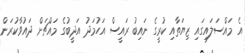
އެ މައްސަލައިގައި ޒިޔަތާއި ކުރީގެ ނައިބު ރައީސް އަހުމަދު އަދީބުގެ މައްޗަށް ދައުވާކުރަން